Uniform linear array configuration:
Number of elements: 32
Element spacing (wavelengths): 0.75
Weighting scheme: binomial
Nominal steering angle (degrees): -30
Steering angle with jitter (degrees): -31.795
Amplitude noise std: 0.05
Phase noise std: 0.05

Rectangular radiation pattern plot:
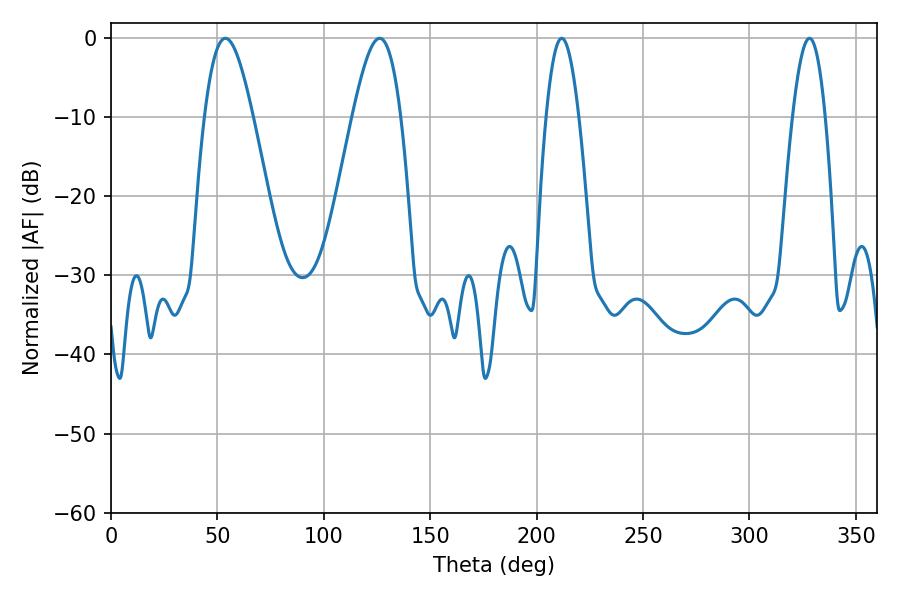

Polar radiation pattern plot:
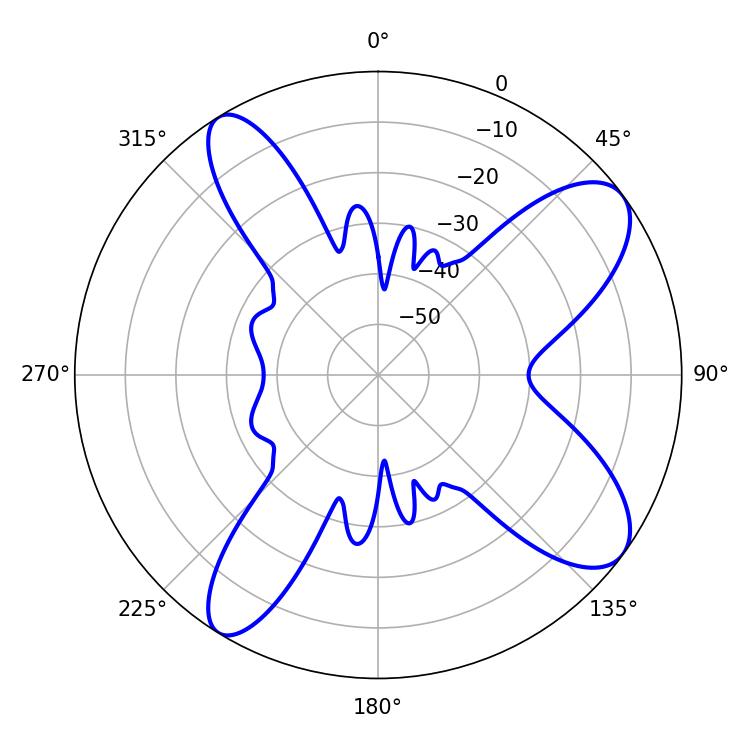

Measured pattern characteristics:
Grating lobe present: TRUE
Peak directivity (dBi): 9.74
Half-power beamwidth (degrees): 12.24
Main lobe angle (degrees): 53.82